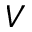
V